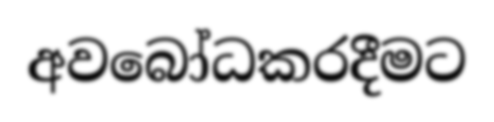
අවබෝධකරදීමට